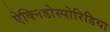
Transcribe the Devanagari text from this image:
ऐक्निडोस्पोरिडिया